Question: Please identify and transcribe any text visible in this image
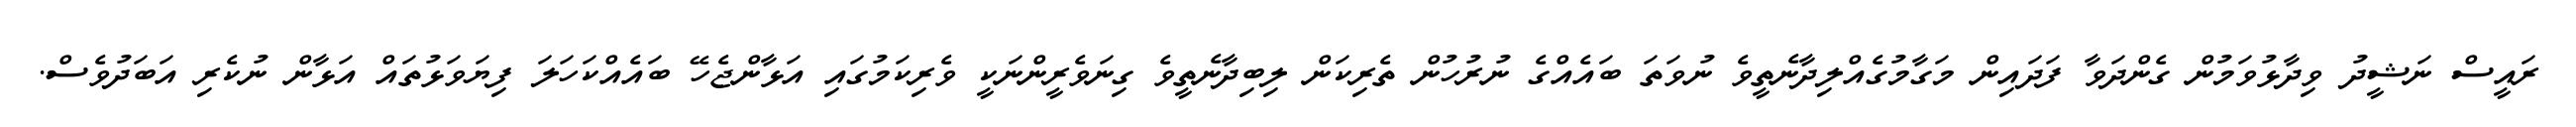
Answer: ރައީސް ނަޝީދު ވިދާޅުވަމުން ގެންދަވާ ފަދައިން މަގާމުގެއްލިދާނެތީވެ ނުވަތަ ބައެއްގެ ނުރުހުން ތެރިކަން ލިބިދާނެތީވެ ގިނަވެރީންނަކީ ވެރިކަމުގައި އަޅާންޖެހޭ ބައެއްކަހަލަ ފިޔަވަޅުތައް އަޅާން ނުކެރި އަބަދުވެސް.